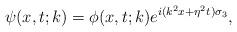
LaTeX: \begin{align*}\psi(x,t;k)=\phi(x,t;k)e^{i(k^2x+\eta^2t)\sigma_3},\end{align*}